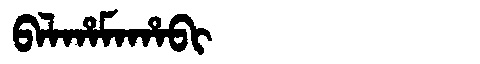
Manchu: ᠪᠠᠯᡥᠠᠮᠠᡥᠠᠪᡳ
Romanization: BALHAMAHABI